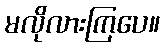
မလိုလားကြပေ။